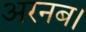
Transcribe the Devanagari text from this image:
अरनब।